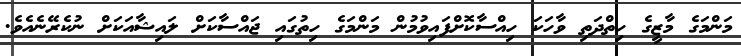
މަންމަގެ މާޒީގެ ހިތްދަތި ވާހަކަ ހިއްސާކޮށްފައިވުމުން މަންމަގެ ހިތުގައި ޖައްސާކަށް ލައިޝާއަކަށް ނުކެރޭނެއެވެ.